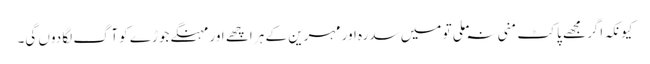
کیونکہ اگر مجھے پاکٹ منی نہ ملی تو میں سدرہ اور مہرین کے ہر اچھے اور مہنگے جوڑے کو آگ لگا دوں گی۔